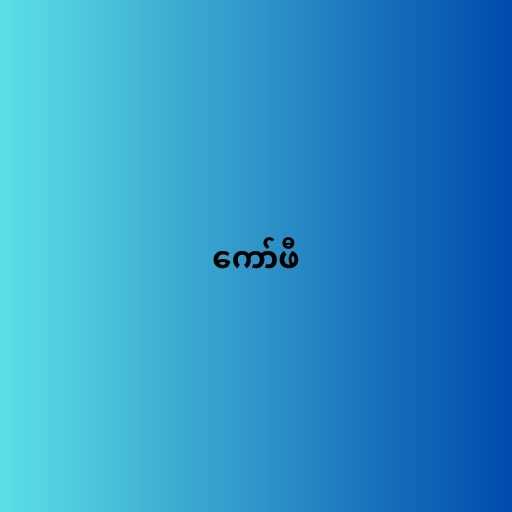
ကော်ဖီ